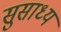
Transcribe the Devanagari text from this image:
सुसाध्‍य